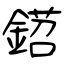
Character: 鍣